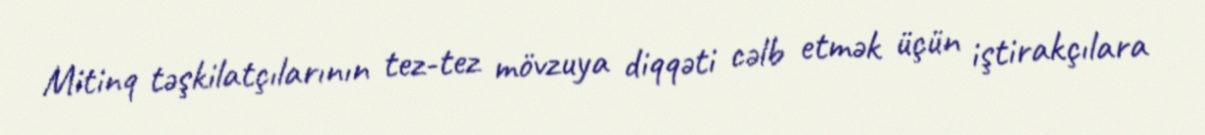
Mitinq təşkilatçılarının tez-tez mövzuya diqqəti cəlb etmək üçün iştirakçılara